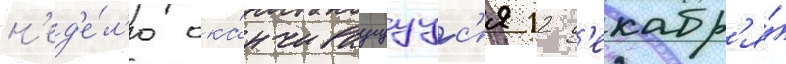
н'ед'е́л'ю ока́нчиваущуус'я 12 д'екабр'я́